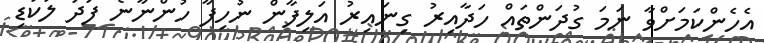
އެހެންކަމަށްވާ ނަމަ ގުދަންތައް ހަދާއިރު ގިނައިރު އަލިފާން ނުހިފާ ހުންނާނެ ފަދަ ލަކުޑި